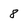
Character: 8